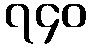
၇၄၀